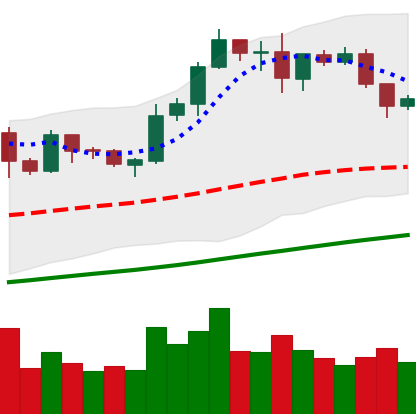
Ticker: LTC-USD
Chart end date: 2019-06-05
Forward return: 24.287%
Label: up_7plus